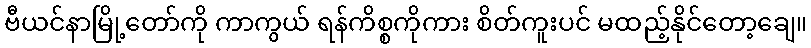
ဗီယင်နာမြို့တော်ကို ကာကွယ် ရန်ကိစ္စကိုကား စိတ်ကူးပင် မထည့်နိုင်တော့ချေ။